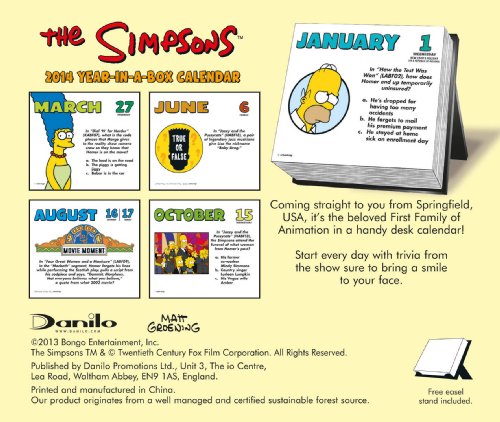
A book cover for Official The Simpsons Desk Block 2014 Calendar; Calendars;